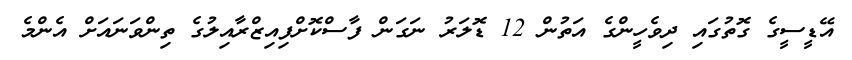
އޭޑީސީގެ ގޮތުގައި ދިވެހީންގެ އަތުން 12 ޑޮލަރު ނަގަން ފާސްކޮށްފިއިޒްރާއިލުގެ ތިންވަނައަށް އެންމެ